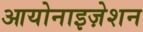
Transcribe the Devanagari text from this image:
आयोनाइज़ेशन